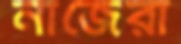
নাজেরা